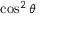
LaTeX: \cos ^ { 2 } \theta